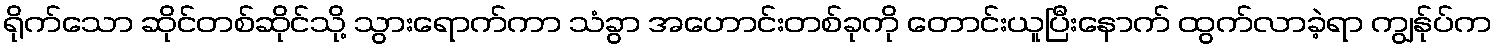
ရိုက်သော ဆိုင်တစ်ဆိုင်သို့ သွားရောက်ကာ သံခွာ အဟောင်းတစ်ခုကို တောင်းယူပြီးနောက် ထွက်လာခဲ့ရာ ကျွန်ုပ်က